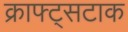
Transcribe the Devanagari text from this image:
क्राफ्ट्सटाक